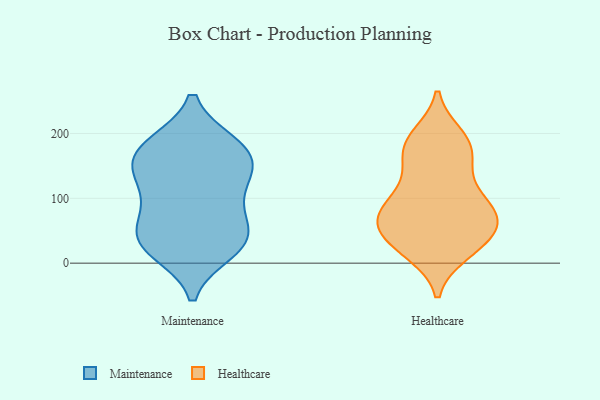
{"axis": {"x": "Latency (ms)", "y": "Value"}, "legend": ["Healthcare", "Maintenance"], "data": [{"x": "", "y": 150, "type": "Maintenance"}, {"x": "", "y": 178, "type": "Maintenance"}, {"x": "", "y": 20, "type": "Maintenance"}, {"x": "", "y": 37, "type": "Maintenance"}, {"x": "", "y": 88, "type": "Maintenance"}, {"x": "", "y": 181, "type": "Maintenance"}, {"x": "", "y": 40, "type": "Maintenance"}, {"x": "", "y": 33, "type": "Maintenance"}, {"x": "", "y": 35, "type": "Maintenance"}, {"x": "", "y": 121, "type": "Maintenance"}, {"x": "", "y": 154, "type": "Maintenance"}, {"x": "", "y": 143, "type": "Maintenance"}, {"x": "", "y": 182, "type": "Maintenance"}, {"x": "", "y": 86, "type": "Maintenance"}, {"x": "", "y": 166, "type": "Healthcare"}, {"x": "", "y": 183, "type": "Healthcare"}, {"x": "", "y": 86, "type": "Healthcare"}, {"x": "", "y": 18, "type": "Healthcare"}, {"x": "", "y": 28, "type": "Healthcare"}, {"x": "", "y": 65, "type": "Healthcare"}, {"x": "", "y": 80, "type": "Healthcare"}, {"x": "", "y": 61, "type": "Healthcare"}, {"x": "", "y": 17, "type": "Healthcare"}, {"x": "", "y": 133, "type": "Healthcare"}, {"x": "", "y": 135, "type": "Healthcare"}, {"x": "", "y": 182, "type": "Healthcare"}, {"x": "", "y": 185, "type": "Healthcare"}, {"x": "", "y": 82, "type": "Healthcare"}, {"x": "", "y": 53, "type": "Healthcare"}, {"x": "", "y": 85, "type": "Healthcare"}, {"x": "", "y": 195, "type": "Healthcare"}, {"x": "", "y": 93, "type": "Healthcare"}, {"x": "", "y": 40, "type": "Healthcare"}, {"x": "", "y": 44, "type": "Healthcare"}]}